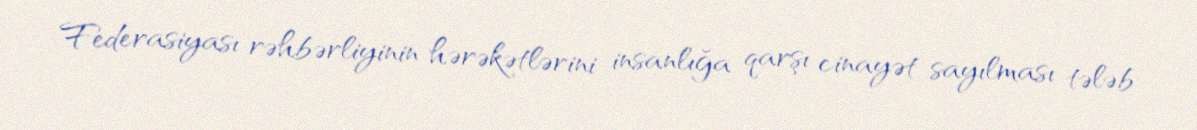
Federasiyası rəhbərliyinin hərəkətlərini insanlığa qarşı cinayət sayılması tələb